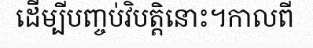
ដើម្បីបញ្ចប់វិបត្តិនោះ។កាលពី